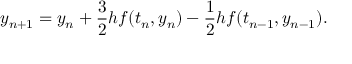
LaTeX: y _ { n + 1 } = y _ { n } + { \frac { 3 } { 2 } } h f ( t _ { n } , y _ { n } ) - { \frac { 1 } { 2 } } h f ( t _ { n - 1 } , y _ { n - 1 } ) .